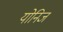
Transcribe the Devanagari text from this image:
योनिज